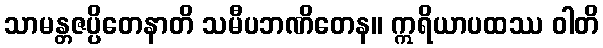
သာမန္တဇပ္ပိတေနာတိ သမီပဘဏိတေန။ ဣရိယာပထဿ ဝါတိ